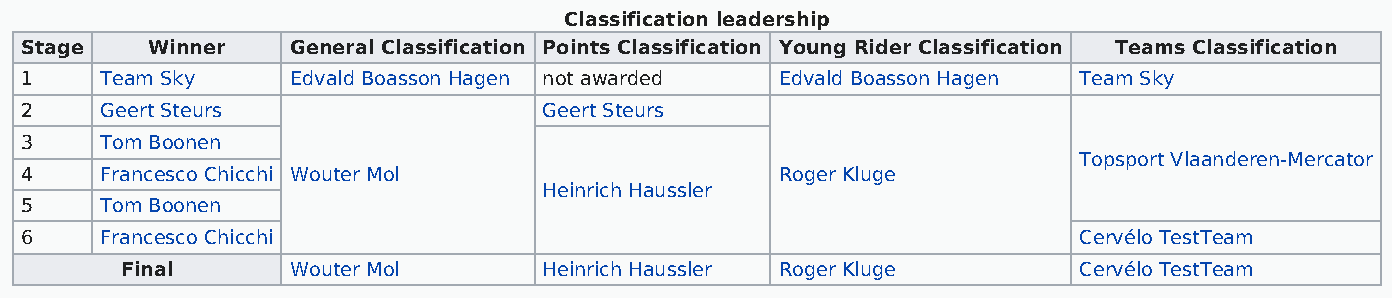
Classification leadership
 Stage    Winner   General Classification Points Classification Young Rider Classification Teams Classification
 1     Team Sky    Edvald Boasson Hagen not awarded Edvald Boasson Hagen Team Sky
 2     Geert Steurs                 Geert Steurs
 3     Tom Boonen
 Topsport Vlaanderen-Mercator
 4     Francesco Chicchi Wouter Mol                 Roger Kluge
 Heinrich Haussler
 5     Tom Boonen
 6     Francesco Chicchi                                               Cervélo TestTeam
 Final      Wouter Mol       Heinrich Haussler Roger Kluge      Cervélo TestTeam